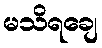
မသိရချေ